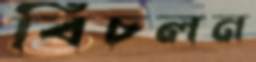
বিচলন